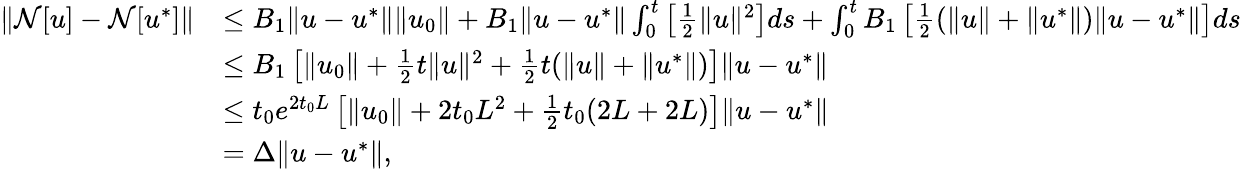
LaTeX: \begin{array}{rl}{\| \mathcal{N}[u]-\mathcal{N}[u^{*}]\| }&{\leq B_{1}\| u-u^{*}\| \| u_{0}\| +B_{1}\| u-u^{*}\| \int_{0}^{t}\left[\frac{1}{2}\| u\| ^{2}\right]ds+\int_{0}^{t}B_{1}\left[\frac{1}{2}(\| u\| +\| u^{*}\| )\| u-u^{*}\| \right]ds}\\ &{\leq B_{1}\left[\| u_{0}\| +\frac{1}{2}t\| u\| ^{2}+\frac{1}{2}t(\| u\| +\| u^{*}\| )\right]\| u-u^{*}\| }\\ &{\leq t_{0}e^{2t_{0}L}\left[\| u_{0}\| +2t_{0}L^{2}+\frac{1}{2}t_{0}(2L+2L)\right]\| u-u^{*}\| }\\ &{=\Delta\| u-u^{*}\| ,}\end{array}